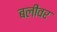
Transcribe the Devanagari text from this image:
बलींवर